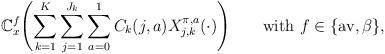
LaTeX: \begin{align*} \mathbb{C}_x^{f} \Biggl( \sum_{k=1}^K \sum_{j=1}^{J_k}\sum_{a=0}^{1} C_{k}(j,a)X_{j,k}^{\pi,a}(\cdot) \Biggr) \qquad\mbox{with } f\in\{\mathrm{av}, \beta\},\end{align*}